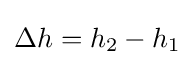
\Delta h=h_{2}-h_{1}